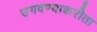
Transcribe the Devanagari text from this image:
उगवण्याकरीता